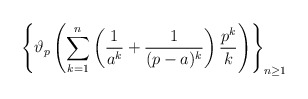
\begin{align*}\left\{\vartheta_p\left(\sum_{k = 1}^{n} \left(\frac{1}{a^k} + \frac{1}{(p - a)^k}\right) \frac{p^k}{k}\right)\right\}_{n \geq 1}\end{align*}